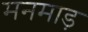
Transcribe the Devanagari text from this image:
मनमाड़